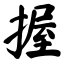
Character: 握